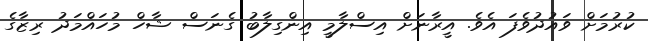
ކުރުމަށް ވައުދުވެފަ އެވެ. އީރާނަށް އިސްލާމީ އިންގިލާބު ގެނަސް ޝާހް މުހައްމަދު ރިޒާގެ